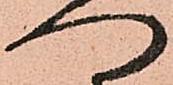
へ